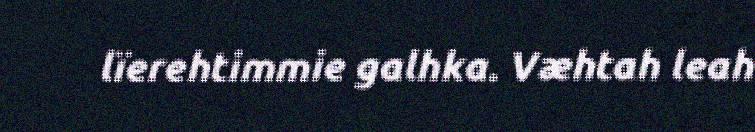
lïerehtimmie galhka. Væhtah leah